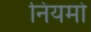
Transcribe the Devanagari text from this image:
नियमोँ